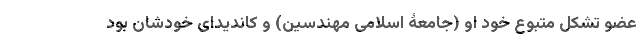
عضو تشکل متبوع خود او (جامعۀ اسلامی مهندسین) و کاندیدای خودشان بود